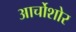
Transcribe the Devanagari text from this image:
आर्चोशोर